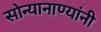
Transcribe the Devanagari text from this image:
सोन्यानाण्यांनी